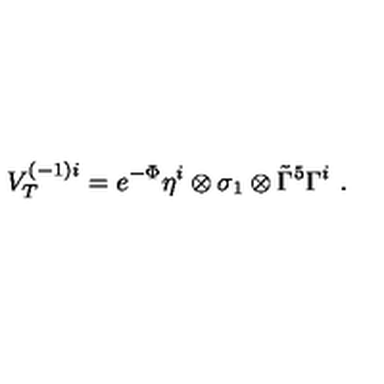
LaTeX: V _ { T } ^ { ( - 1 ) i } = e ^ { - \Phi } \eta ^ { i } \otimes \sigma _ { 1 } \otimes \tilde { \Gamma } ^ { 5 } \Gamma ^ { i } \ .